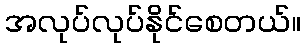
အလုပ်လုပ်နိုင်စေတယ်။